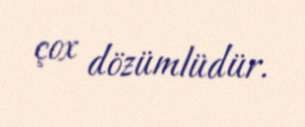
çox dözümlüdür.